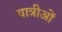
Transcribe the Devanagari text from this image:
यात्रीओं